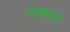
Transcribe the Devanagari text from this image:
उल्कान